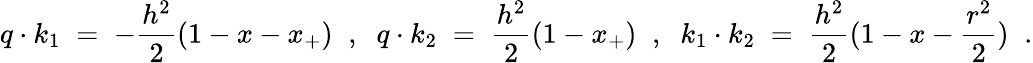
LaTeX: q\cdot k_{1}\; =\; -{\frac{h^{2}}{2}}(1-x-x_{+})\; \; ,\; \; q\cdot k_{2}\; =\; {\frac{h^{2}}{2}}(1-x_{+})\; \; ,\; \; k_{1}\cdot k_{2}\; =\; {\frac{h^{2}}{2}}(1-x-{\frac{r^{2}}{2}})\; \; .